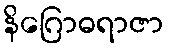
နိဂြောဓရာဇာ